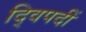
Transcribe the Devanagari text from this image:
द्विपदीं